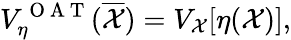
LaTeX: V_{\eta}^{\mathrm{~O~A~T~}}(\overline{{\mathcal{X}}})=V_{\mathcal{X}}[\eta(\mathcal{X})],